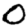
Digit: 0